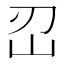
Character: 𡵑